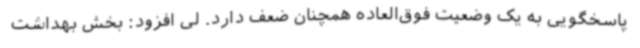
پاسخگویی به یک وضعیت فوق‌العاده همچنان ضعف دارد. لی افزود: بخش بهداشت